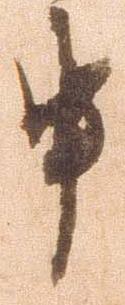
申